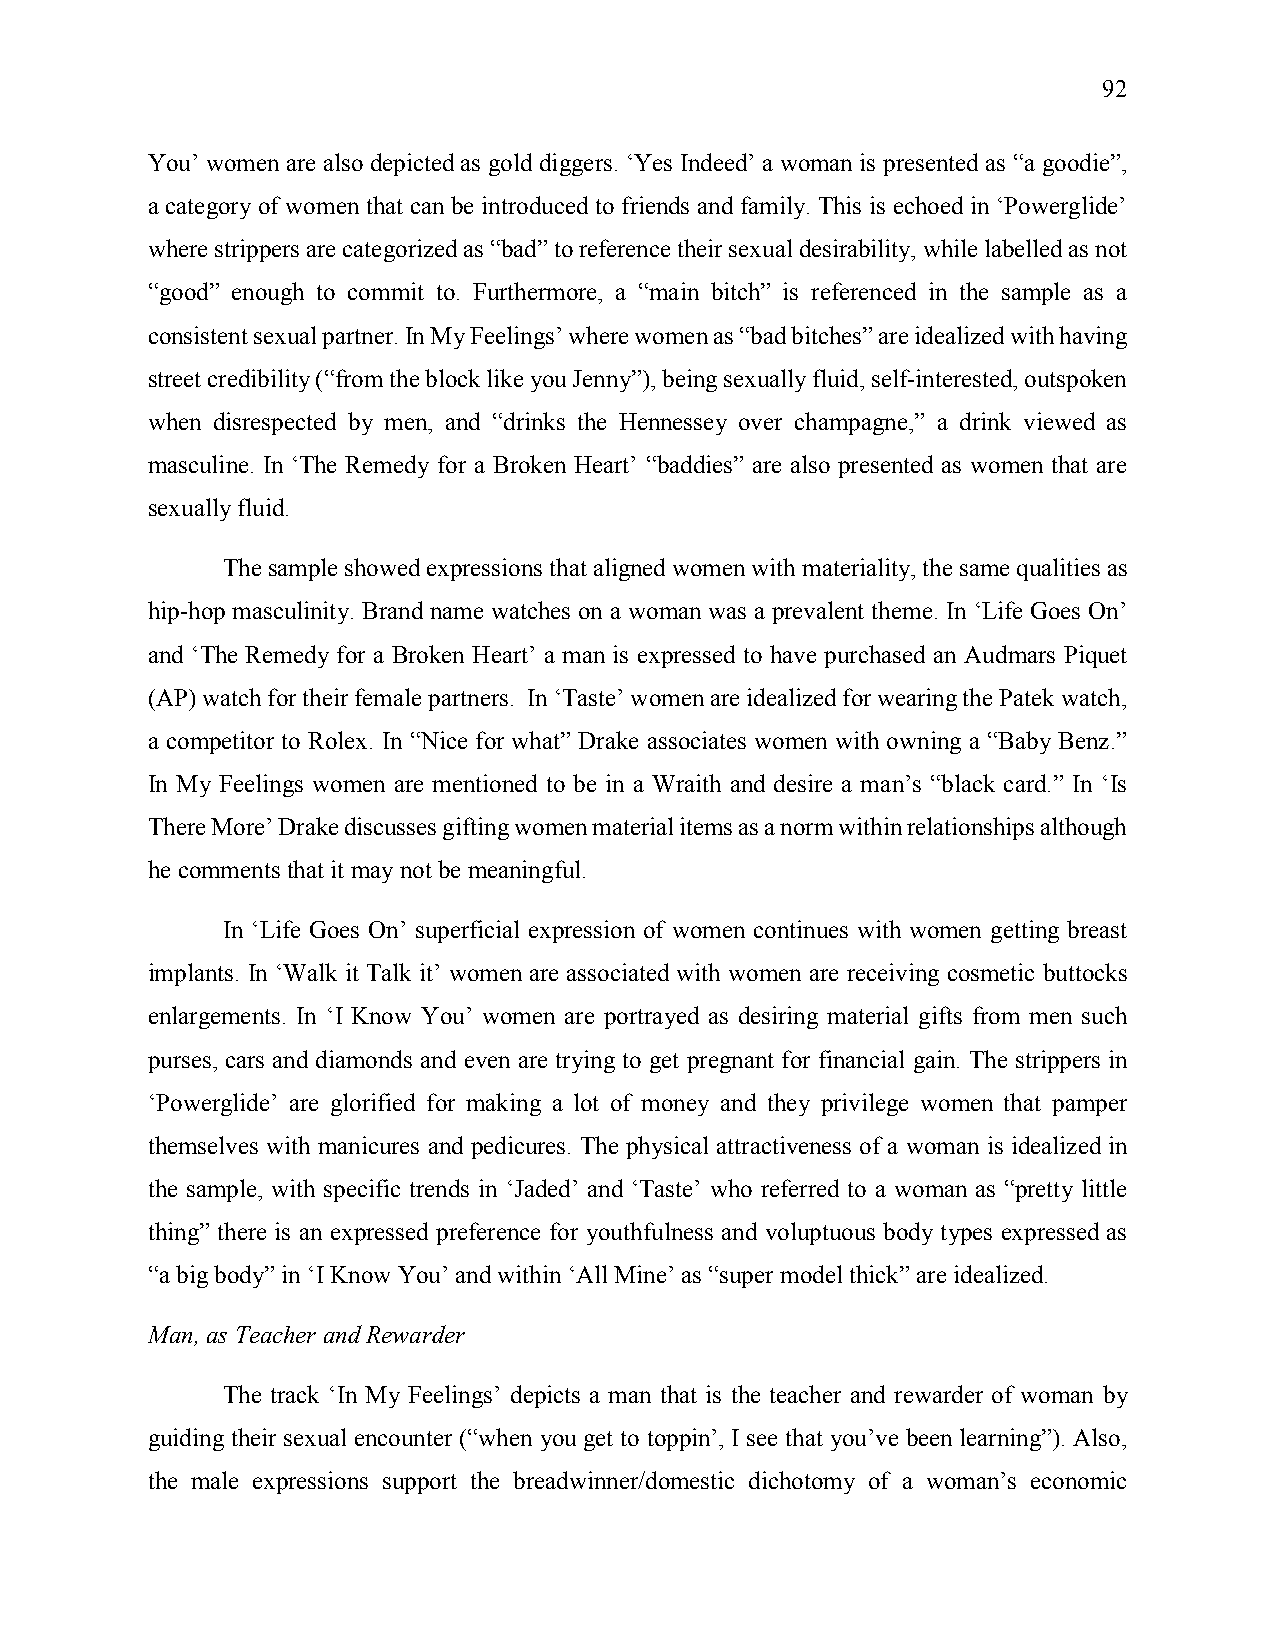
92
 You’ women are also depicted as gold diggers. ‘Yes Indeed’ a woman is presented as “a goodie”,
 a category of women that can be introduced to friends and family. This is echoed in ‘Powerglide’
 where strippers are categorized as “bad” to reference their sexual desirability, while labelled as not
 “good” enough to commit to. Furthermore, a “main bitch” is referenced in the sample as a
 consistent sexual partner. In My Feelings’ where women as “bad bitches” are idealized with having
 street credibility (“from the block like you Jenny”), being sexually fluid, self-interested, outspoken
 when disrespected by men, and “drinks the Hennessey over champagne,” a drink viewed as
 masculine. In ‘The Remedy for a Broken Heart’ “baddies” are also presented as women that are
 sexually fluid.
 The sample showed expressions that aligned women with materiality, the same qualities as
 hip-hop masculinity. Brand name watches on a woman was a prevalent theme. In ‘Life Goes On’
 and ‘The Remedy for a Broken Heart’ a man is expressed to have purchased an Audmars Piquet
 (AP) watch for their female partners. In ‘Taste’ women are idealized for wearing the Patek watch,
 a competitor to Rolex. In “Nice for what” Drake associates women with owning a “Baby Benz.”
 In My Feelings women are mentioned to be in a Wraith and desire a man’s “black card.” In ‘Is
 There More’ Drake discusses gifting women material items as a norm within relationships although
 he comments that it may not be meaningful.
 In ‘Life Goes On’ superficial expression of women continues with women getting breast
 implants. In ‘Walk it Talk it’ women are associated with women are receiving cosmetic buttocks
 enlargements. In ‘I Know You’ women are portrayed as desiring material gifts from men such
 purses, cars and diamonds and even are trying to get pregnant for financial gain. The strippers in
 ‘Powerglide’ are glorified for making a lot of money and they privilege women that pamper
 themselves with manicures and pedicures. The physical attractiveness of a woman is idealized in
 the sample, with specific trends in ‘Jaded’ and ‘Taste’ who referred to a woman as “pretty little
 thing” there is an expressed preference for youthfulness and voluptuous body types expressed as
 “a big body” in ‘I Know You’ and within ‘All Mine’ as “super model thick” are idealized.
 Man, as Teacher and Rewarder
 The track ‘In My Feelings’ depicts a man that is the teacher and rewarder of woman by
 guiding their sexual encounter (“when you get to toppin’, I see that you’ve been learning”). Also,
 the male expressions support the breadwinner/domestic dichotomy of a woman’s economic